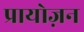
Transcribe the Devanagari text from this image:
प्रायोज़न